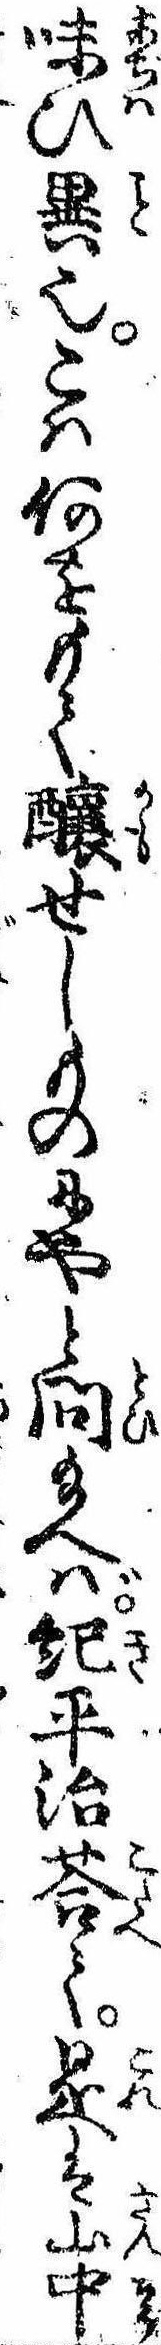
味ひ異也こは何をもて醸せしものにやと問給へば紀平治答て是は山中